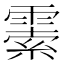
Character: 𩄜